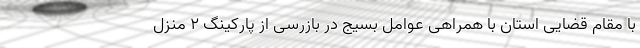
با مقام قضایی استان با همراهی عوامل بسیج در بازرسی از پارکینگ ۲ منزل